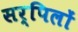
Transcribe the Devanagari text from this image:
सर्पिलों